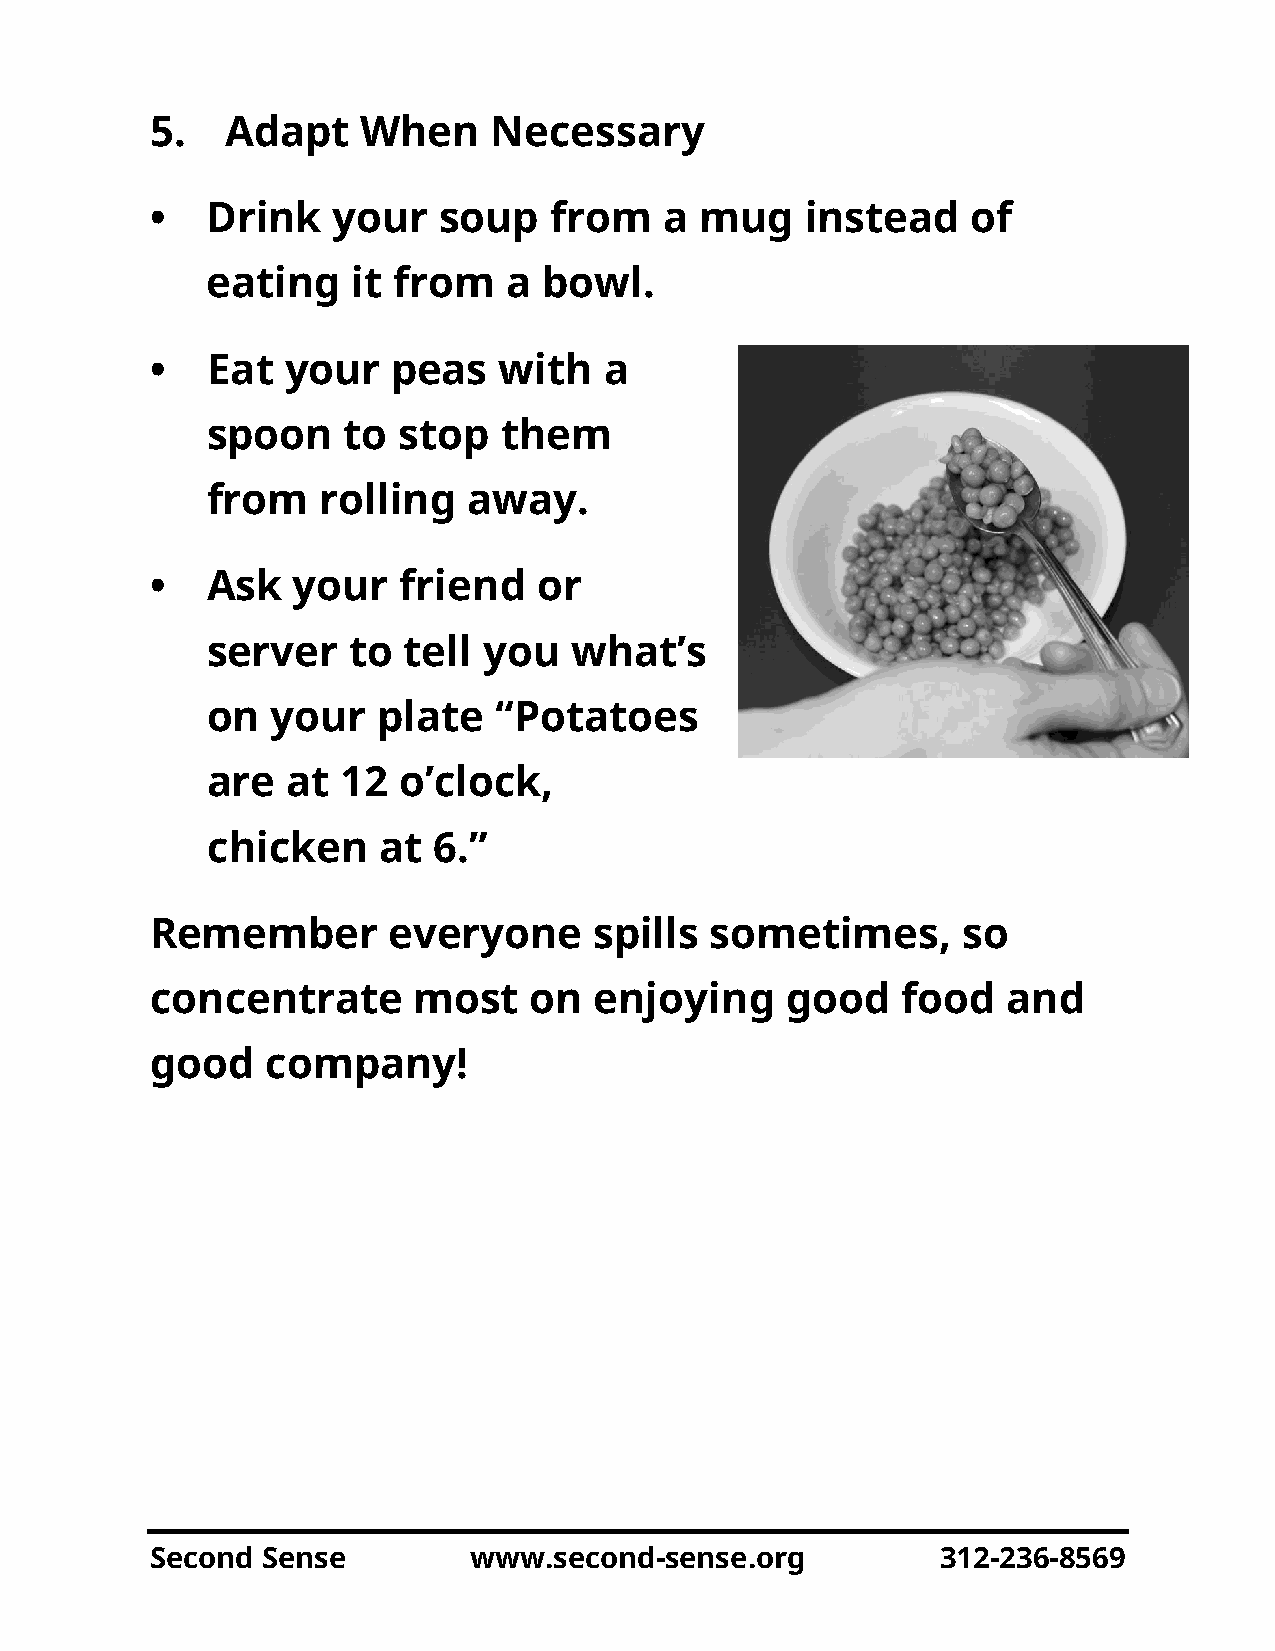
5.   Adapt    When     Necessary
 •   Drink   your   soup   from    a mug    instead    of
 eating   it from   a  bowl.
 •   Eat  your   peas   with   a
 spoon    to stop   them
 from   rolling   away.
 •   Ask  your   friend    or
 server   to  tell you   what’s
 on  your   plate   “Potatoes
 are  at  12 o’clock,
 chicken    at  6.”
 Remember        everyone     spills  sometimes,       so
 concentrate      most    on  enjoying     good    food   and
 good    company!
 Second Sense         www.second-sense.org           312-236-8569